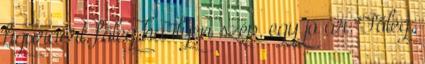
figuráért, főleg ha ilyen szép, egy jó ár. Főleg,